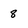
Character: 8